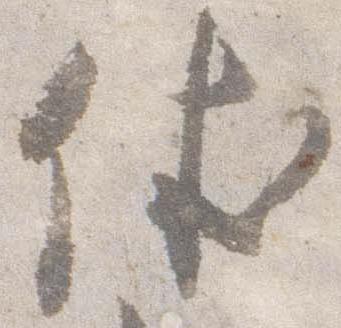
休